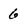
Character: 6